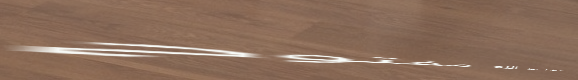
مسجد الشيخ عبد الله مفتوح